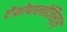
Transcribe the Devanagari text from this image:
ऐंथ्रोपालोजिस्ट्स्